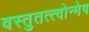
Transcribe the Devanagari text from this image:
वस्तुतत्त्वोन्मेष